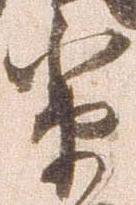
輩